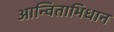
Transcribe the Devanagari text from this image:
आन्विताभिधान